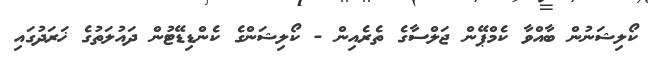
ކޯލިޝަނުން ބާއްވާ ކެމްޕޭން ޖަލްސާގެ ތެރެއިން - ކޯލިޝަންގެ ކެންޑިޑޭޓުން ދައުލަތުގެ ޚަރަދުގައި